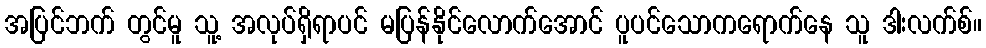
အပြင်ဘက် တွင်မူ သူ့ အလုပ်ရှိရာပင် မပြန်နိုင်လောက်အောင် ပူပင်သောကရောက်နေ သူ ဒါးလက်စ်။